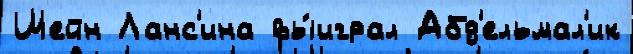
Шейн Ланс'ина вы́играл Абд'ельмал'ик